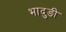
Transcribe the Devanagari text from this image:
भादुङी